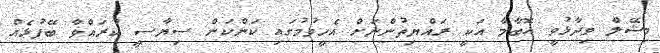
މިޝޭލް ވިދާޅުވީ އޮބާމާ އަކީ ރައްޔިތުންނަށް އެހީވުމުގައި ކަންކަން ސިޔާސީ ކުރައްވާ ބޭފުޅެއް